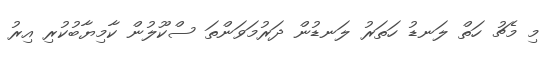
މި މެޗު ހަތް ލަނޑު ހަތަރު ލަނޑުން ދަރުމަވަންތަ ސްކޫލުން ކާމިޔާބުކުރި އިރު